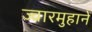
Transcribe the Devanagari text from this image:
ज्वारमुहानें